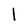
Character: 1